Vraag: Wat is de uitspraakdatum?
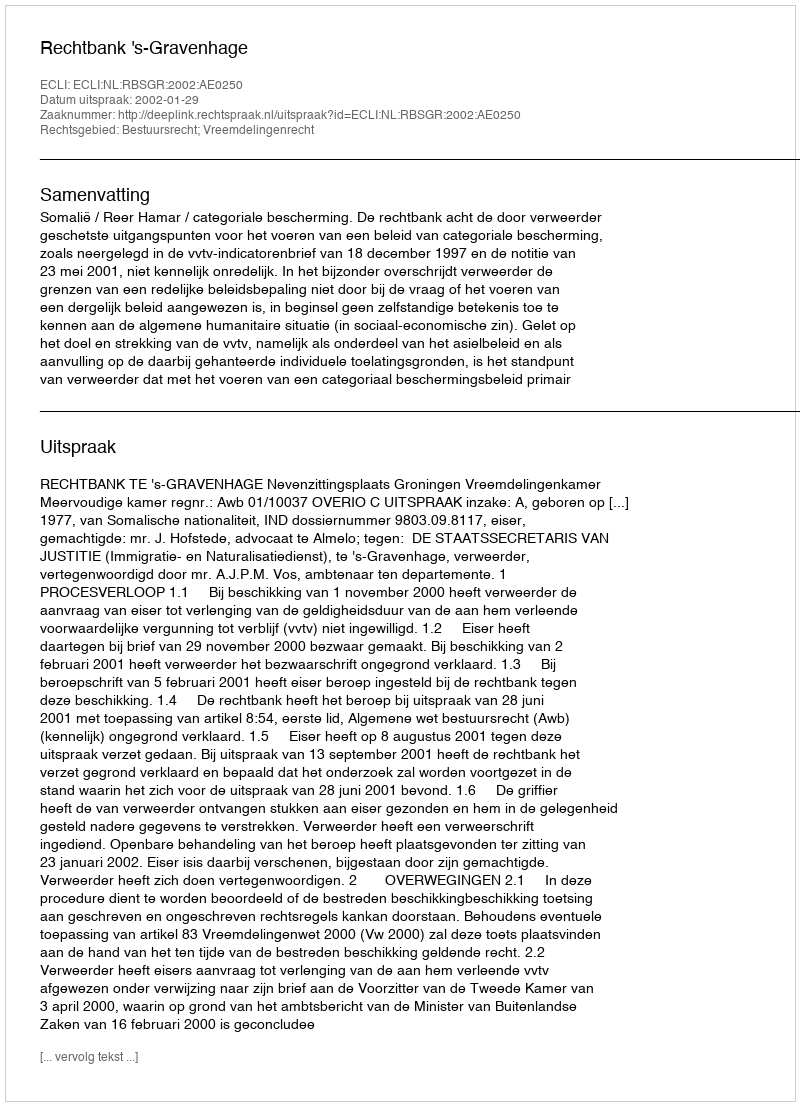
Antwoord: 2002-01-29